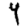
Digit: 4